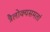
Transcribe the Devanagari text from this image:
त्रैलोक्यसमतां